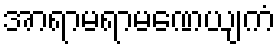
အာရာမရာမဏေယျကံ